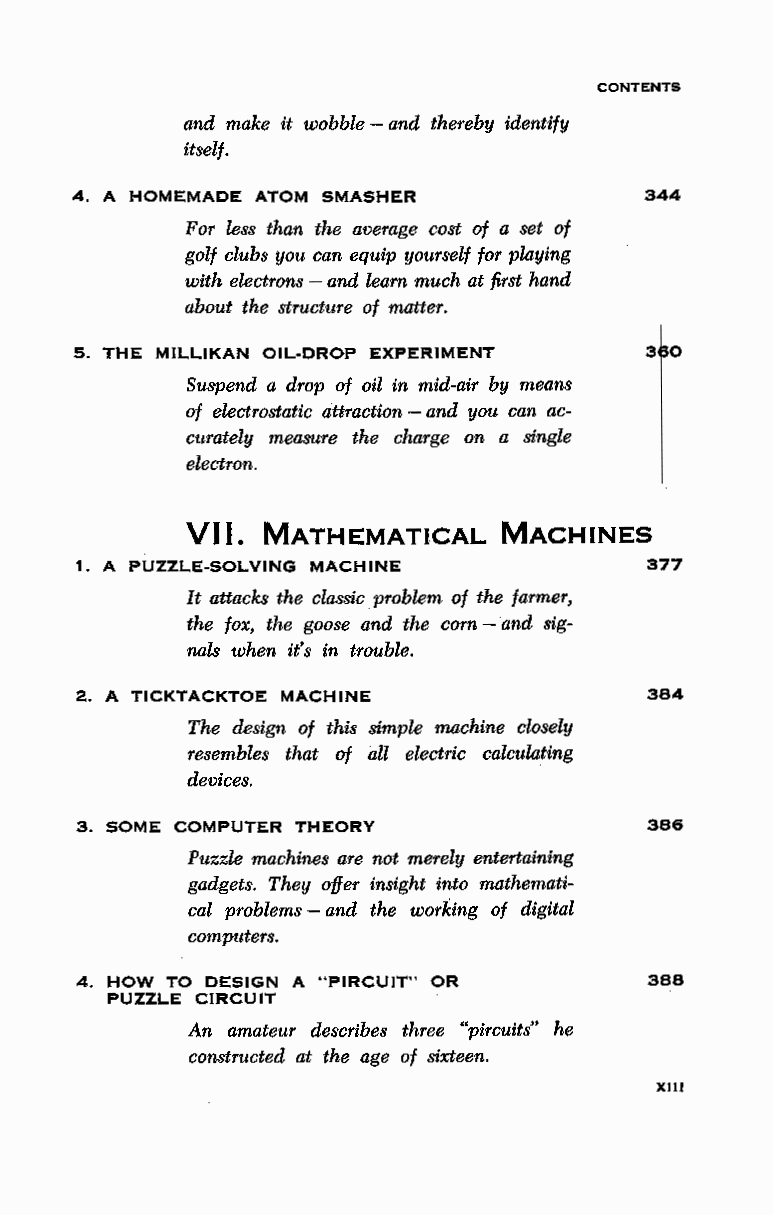
CONTENTS
 and make it wobble - and thereby identify
 itself.
 4. A HOMEMADE ATOM SMASHER            344
 For less than the average cost of a set of
 golf clubs you can equip yourself for playing
 with electrons - and learn much at first hand
 about the structure of matter.
 5. THE MILLIKAN OIL-DROP EXPERIMENT   3 0
 Suspend a drop of oil in mid-air by means
 of electrostatic attraction - and you can ac
 curately measure the charge on a single
 electron.
 VII.
 MATHEMATICAL    MACHINES
 1. A PUZZLE-SOLVING MACHINE           377
 It attacks the classic problem of the farmer,
 the fox, the goose and the corn - and sig
 nals when it's in trouble.
 2. A TICKTACKTOE MACHINE              384
 The design of this simple machine closely
 resembles that of all electric calculating
 devices.
 3. SOME COMPUTER THEORY               386
 Puzzle machines are not merely entertaining
 gadgets. They offer insight into mathemati
 cal problems - and the working of digital
 computers.
 4. HOW TO DESIGN A ''PIRCU IT" OR     388
 PUZZLE CIRCUIT
 An amateur describes three "pircuits" he
 constructed at the age of sixteen.
 XIII